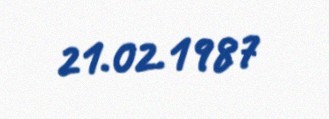
21.02.1987